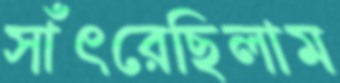
সাঁৎরেছিলাম